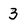
Character: 3